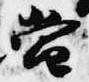
当